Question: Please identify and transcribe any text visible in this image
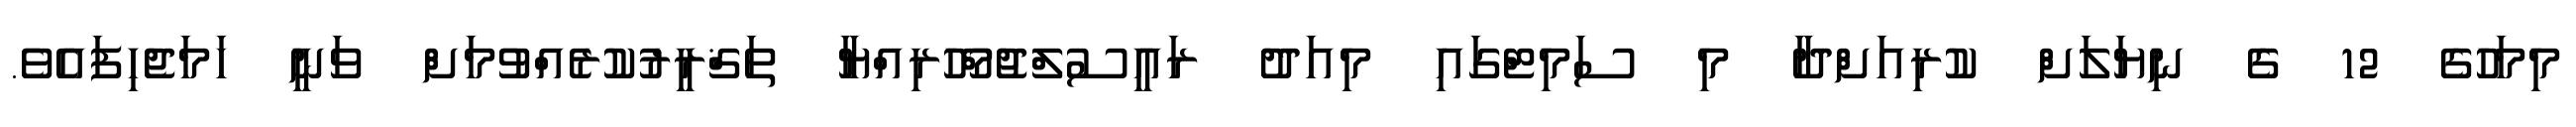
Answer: މިމަހުގެ 12 ގެ ނިޔަލަށް ކުރިއަށްދާ މި ސަމިޓްގައި މިއަދު ރައީސުލްޖުމްހޫރިއްޔާ ތަޤްރީރުކުރެއްވުމަށް ވަނީ ހަމަޖެހިފައެވެ.